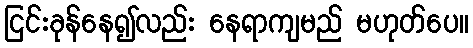
ငြင်းခုန်နေ၍လည်း နေရာကျမည် မဟုတ်ပေ။